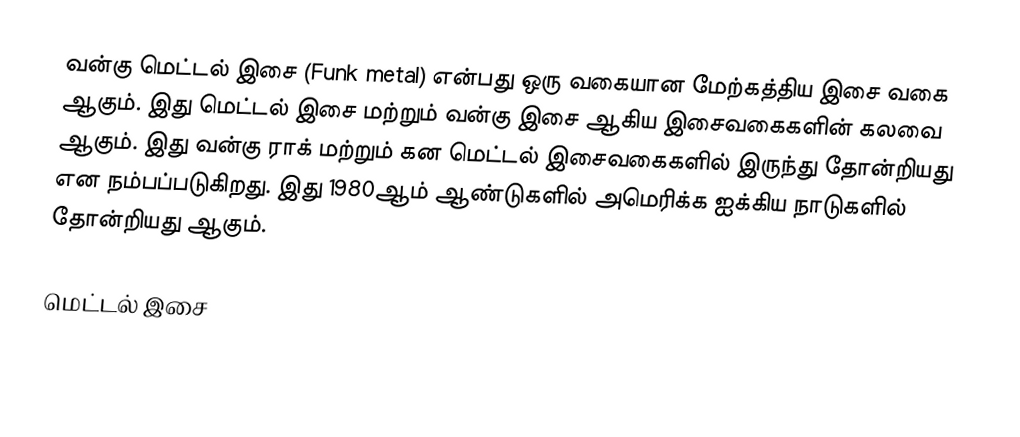
வன்கு மெட்டல் இசை (Funk metal) என்பது ஒரு வகையான மேற்கத்திய இசை வகை ஆகும். இது மெட்டல் இசை மற்றும் வன்கு இசை ஆகிய இசைவகைகளின் கலவை ஆகும். இது வன்கு ராக் மற்றும் கன மெட்டல் இசைவகைகளில் இருந்து தோன்றியது என நம்பப்படுகிறது. இது 1980ஆம் ஆண்டுகளில் அமெரிக்க ஐக்கிய நாடுகளில் தோன்றியது ஆகும்.

மெட்டல் இசை